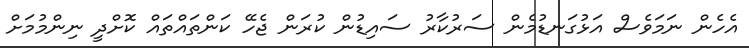
އެހެން ނަމަވެސް އަޅުގަނޑުމެން ސަރުކާރު ސައިޑުން ކުރަން ޖެހޭ ކަންތައްތައް ކޮށްދީ ނިންމުމަށް